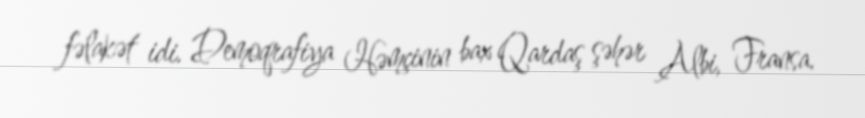
fəlakət idi. Demoqrafiya Həmçinin bax Qardaş şəhər Albi, Fransa.